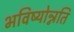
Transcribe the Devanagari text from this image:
भविष्योन्नति